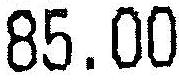
85.00